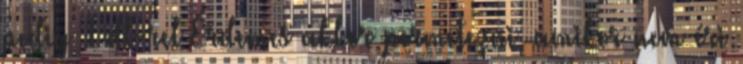
pedig 1 dl-rel Érdemes akkor permetezni, amikor nem éri